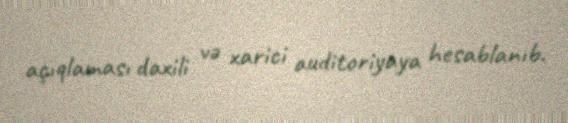
açıqlaması daxili və xarici auditoriyaya hesablanıb.